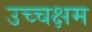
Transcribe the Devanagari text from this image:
उच्चक्षम